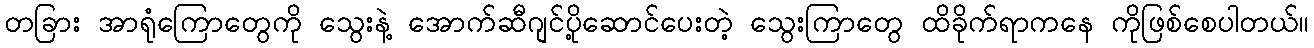
တခြား အာရုံကြောတွေကို သွေးနဲ့ အောက်ဆီဂျင်ပို့ဆောင်ပေးတဲ့ သွေးကြာတွေ ထိခိုက်ရာကနေ ကိုဖြစ်စေပါတယ်။